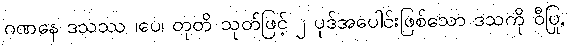
ဂဏနေ ဒသဿ ၊ပေ၊ တုတိ သုတ်ဖြင့် ၂ ပုဒ်အပေါင်းဖြစ်သော ဒသကို ဝီပြု,